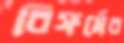
রিফর্মের